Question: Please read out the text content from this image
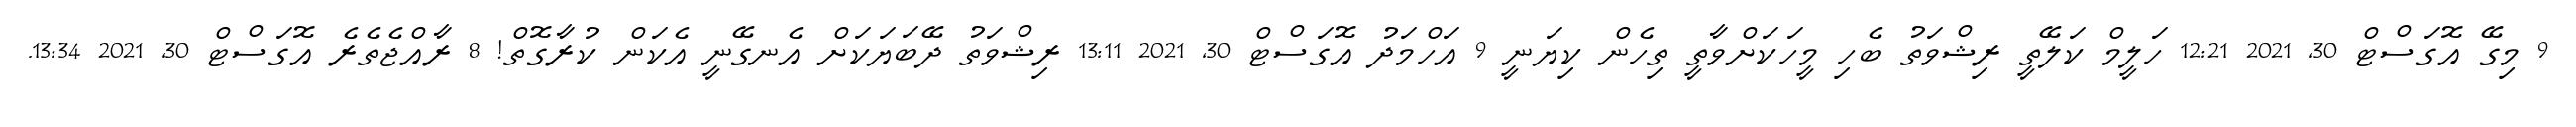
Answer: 9 މިގޭ އޮގަސްޓް 30, 2021 12:21 ހަލީމް ކަލޭތީ ރިޝްވަތު ބެހި މީހަކަށްވާތީ ތިހެން ކިޔަނީ 9 އަހްމަދު އޮގަސްޓް 30, 2021 13:11 ރިޝްވަތު ދޭބަޔަކަށް އެނގޭނީ އެކަން ކުރާގޮތް! 8 ރާއްޖެތެރެ އޮގަސްޓް 30, 2021 13:34.